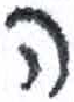
אות: ה